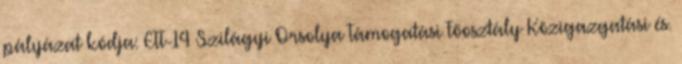
pályázat kódja: ETT-14 Szilágyi Orsolya Támogatási Főosztály Közigazgatási és.